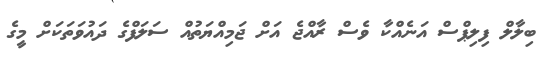
ބިލާލް ފިލިޕްސް އަނެއްކާ ވެސް ރާއްޖެ އަށް ޖަމިއްޔަތުއް ސަލަފްގެ ދައުވަތަކަށް މީގެ